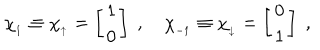
\chi _ { _ 1 } \equiv \chi _ { _ \uparrow } = \left[ \begin{array} { c } { { 1 } } \\ { { 0 } } \\ \end{array} \right] \; , \quad \chi _ { _ { - 1 } } \equiv \chi _ { _ \downarrow } = \left[ \begin{array} { c } { { 0 } } \\ { { 1 } } \\ \end{array} \right] \; ,